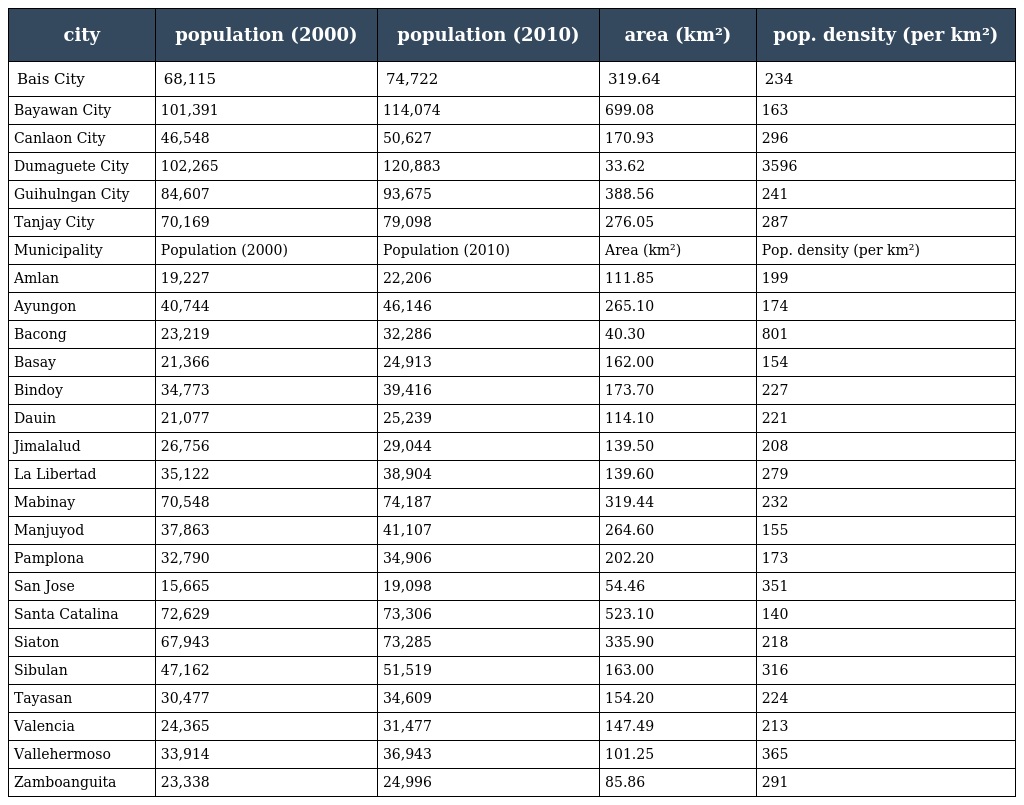
| city | population (2000) | population (2010) | area (km²) | pop. density (per km²) |
 | --- | --- | --- | --- | --- |
 | Bais City | 68,115 | 74,722 | 319.64 | 234 |
 | Bayawan City | 101,391 | 114,074 | 699.08 | 163 |
 | Canlaon City | 46,548 | 50,627 | 170.93 | 296 |
 | Dumaguete City | 102,265 | 120,883 | 33.62 | 3596 |
 | Guihulngan City | 84,607 | 93,675 | 388.56 | 241 |
 | Tanjay City | 70,169 | 79,098 | 276.05 | 287 |
 | Municipality | Population (2000) | Population (2010) | Area (km²) | Pop. density (per km²) |
 | Amlan | 19,227 | 22,206 | 111.85 | 199 |
 | Ayungon | 40,744 | 46,146 | 265.10 | 174 |
 | Bacong | 23,219 | 32,286 | 40.30 | 801 |
 | Basay | 21,366 | 24,913 | 162.00 | 154 |
 | Bindoy | 34,773 | 39,416 | 173.70 | 227 |
 | Dauin | 21,077 | 25,239 | 114.10 | 221 |
 | Jimalalud | 26,756 | 29,044 | 139.50 | 208 |
 | La Libertad | 35,122 | 38,904 | 139.60 | 279 |
 | Mabinay | 70,548 | 74,187 | 319.44 | 232 |
 | Manjuyod | 37,863 | 41,107 | 264.60 | 155 |
 | Pamplona | 32,790 | 34,906 | 202.20 | 173 |
 | San Jose | 15,665 | 19,098 | 54.46 | 351 |
 | Santa Catalina | 72,629 | 73,306 | 523.10 | 140 |
 | Siaton | 67,943 | 73,285 | 335.90 | 218 |
 | Sibulan | 47,162 | 51,519 | 163.00 | 316 |
 | Tayasan | 30,477 | 34,609 | 154.20 | 224 |
 | Valencia | 24,365 | 31,477 | 147.49 | 213 |
 | Vallehermoso | 33,914 | 36,943 | 101.25 | 365 |
 | Zamboanguita | 23,338 | 24,996 | 85.86 | 291 |